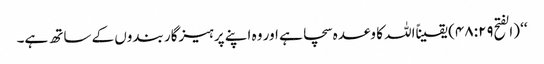
‘‘ (الفتح۴۸:۲۹) یقیناًاللہ کا وعدہ سچا ہے اور وہ اپنے پرہیزگار بندوں کے ساتھ ہے۔